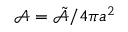
\mathcal { A } = \tilde { \mathcal { A } } / 4 \pi a ^ { 2 }